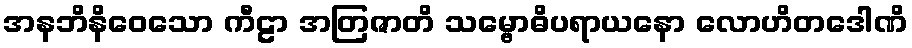
အနဘိနိဝေသော ကီဠာ အတြဇာတိ သမ္ဗောဓိပရာယနော လောဟိတဒေါဏိ